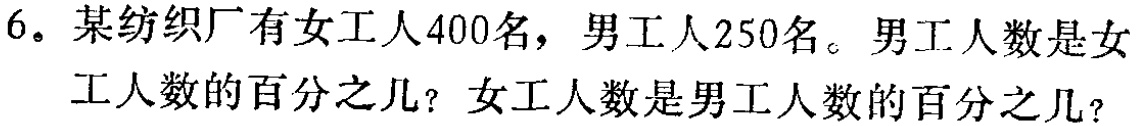
6。某纺织厂有女工人400名，男工人250名。男工人数是女工人数的百分之几？女工人数是男工人数的百分之几？